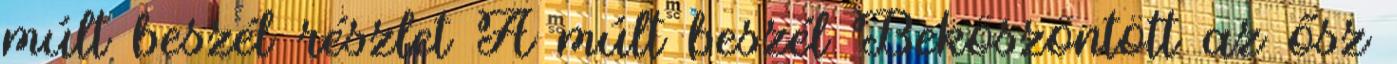
múlt beszél részlet A múlt beszél Beköszöntött az ősz